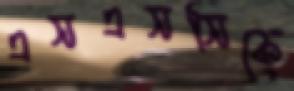
এসএসসিকে